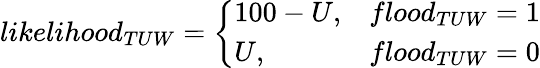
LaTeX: likelihood_{TUW}=\left\{ \begin{array}{ll}{100-U,}&{flood_{TUW}=1}\\ {U,}&{flood_{TUW}=0}\end{array}\right.